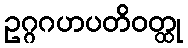
ဥဂ္ဂဂဟပတိဝတ္ထု